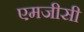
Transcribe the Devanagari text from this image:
एमजीसी